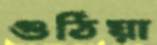
গুঠিয়া